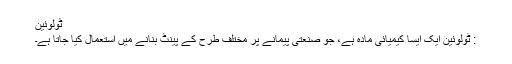
ٹولُوئین
: ٹولُوئین ایک ایسا کیمیائی مادہ ہے، جو صنعتی پیمانے پر مختلف طرح کے پینٹ بنانے میں استعمال کیا جاتا ہے۔